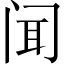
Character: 闻